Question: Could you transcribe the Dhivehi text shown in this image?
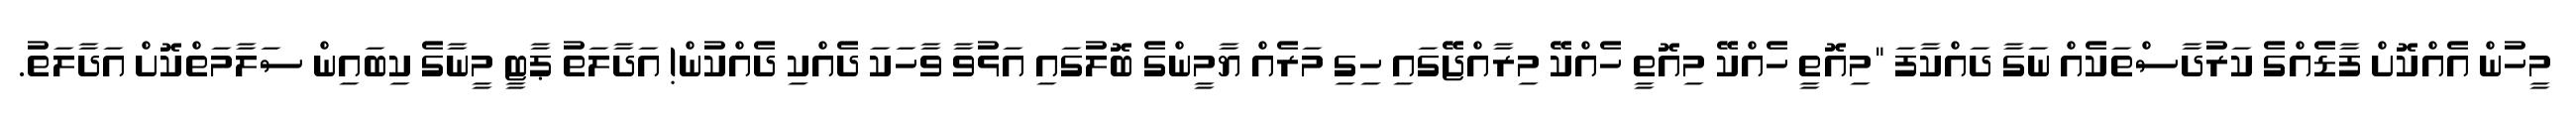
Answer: މީހުން އެއްކޮށް ފާޑެއްގެ ކަރުދާސްތަކެއް ނަގާ ދައްކާފަ "މިއޮތީ ހެއްކޭ މިއޮތީ ހެއްކޭ މިރާއްޖޭގައި ހިގި މަރެއް ޔާމީންގެ ބޮލުގައި އަޅުވާ ވާހަކަ ދެއްކި ދެއްކުން! އަދާލަތު ޕާޓީ މީނާގެ ކިބައިން ސަލާމަތްކޮށް އަދާލަތު.